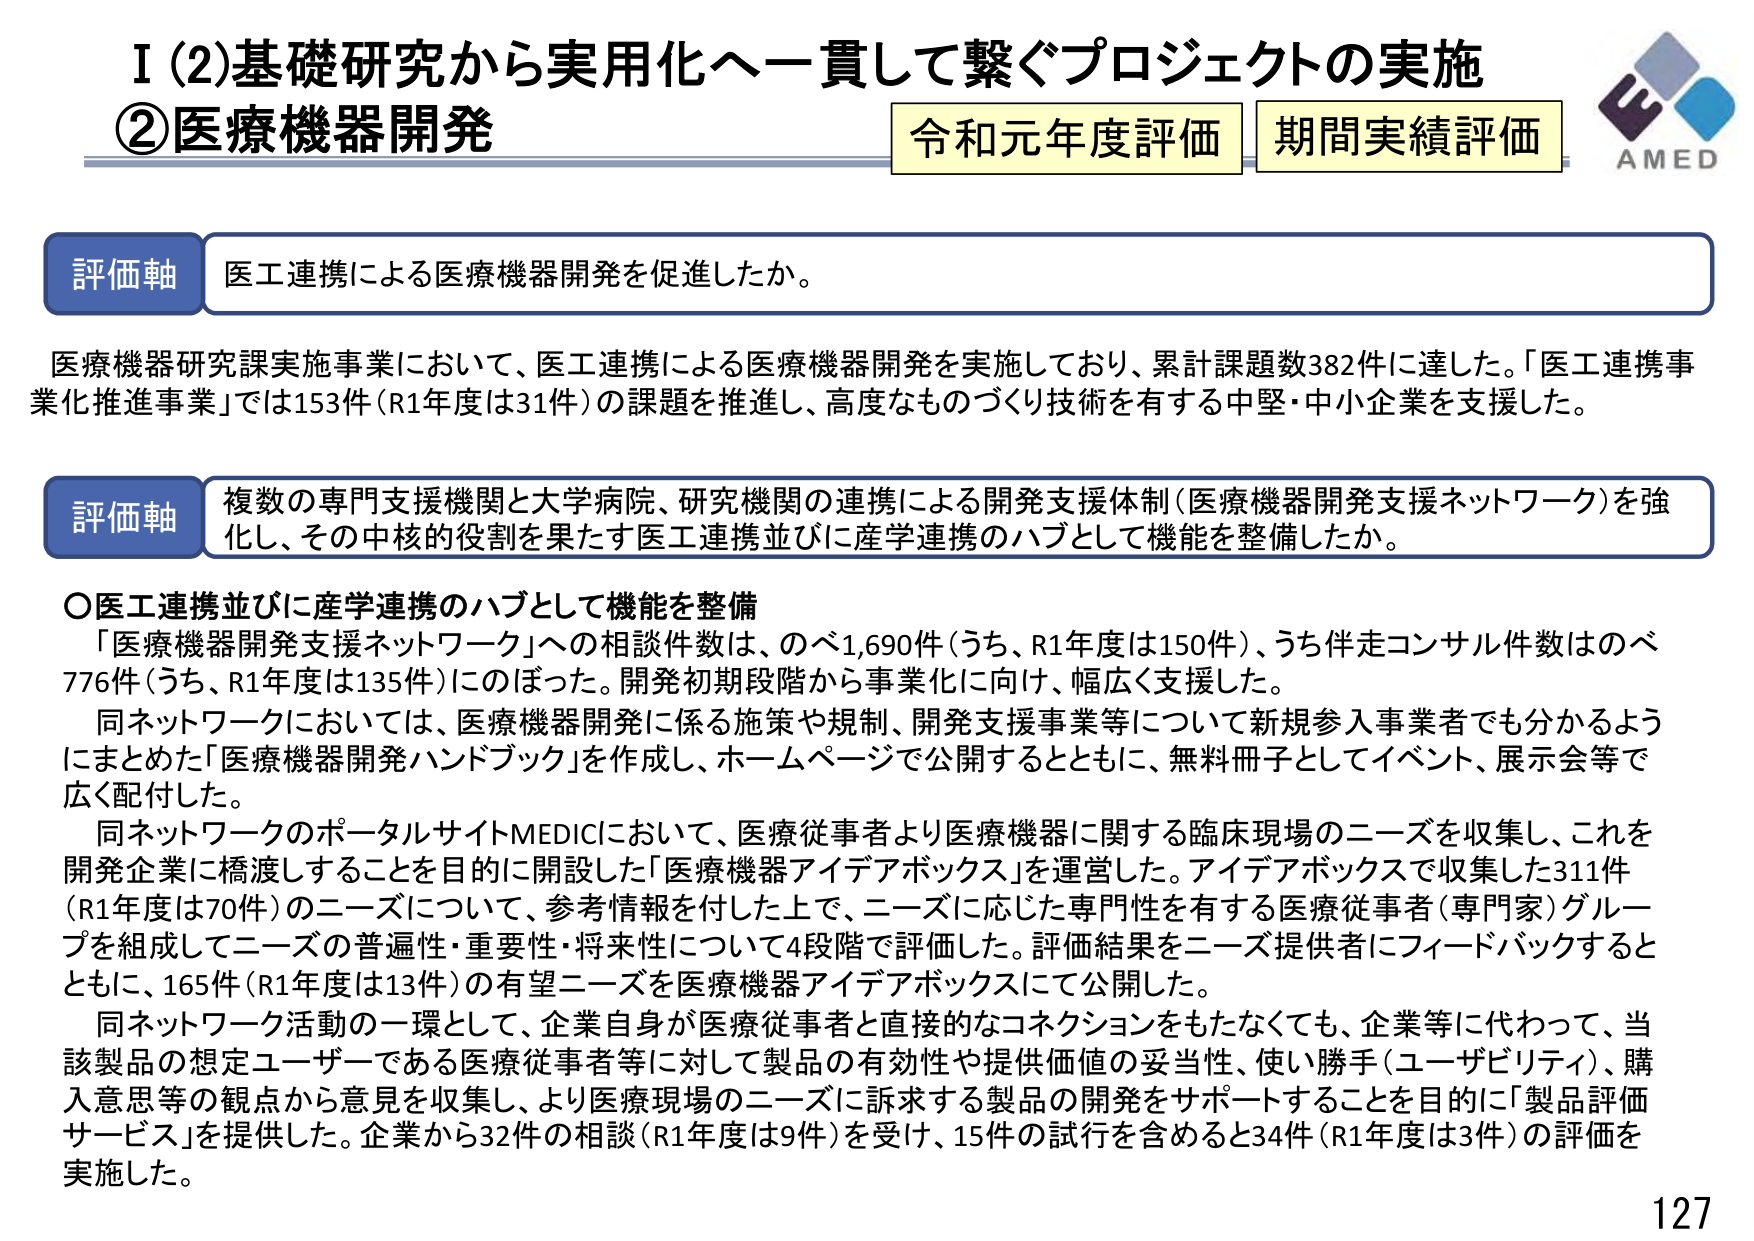
I (2) 基礎研究から実用化へ一貫して繋ぐプロジェクトの実施
② 医療機器開発
令和元年度評価 期間実績評価
AMED

評価軸 医工連携による医療機器開発を促進したか。

医療機器研究課実施事業において、医工連携による医療機器開発を実施しており、累計課題数382件に達した。「医工連携事業化推進事業」では153件（R1年度は31件）の課題を推進し、高度なものづくり技術を有する中堅・中小企業を支援した。

評価軸 複数の専門支援機関と大学病院、研究機関の連携による開発支援体制（医療機器開発支援ネットワーク）を強化し、その中核的役割を果たす医工連携並びに産学連携のハブとして機能を整備したか。

○ 医工連携並びに産学連携のハブとして機能を整備
「医療機器開発支援ネットワーク」への相談件数は、のべ1,690件（うち、R1年度は150件）、うち伴走コンサル件数はのべ776件（うち、R1年度は135件）にのぼった。開発初期段階から事業化に向け、幅広く支援した。
同ネットワークにおいては、医療機器開発に係る施策や規制、開発支援事業等について新規参入事業者でも分かるようにまとめた「医療機器開発ハンドブック」を作成し、ホームページで公開するとともに、無料冊子としてイベント、展示会等で広く配付した。
同ネットワークのポータルサイトMEDICにおいて、医療従事者より医療機器に関する臨床現場のニーズを収集し、これを開発企業に橋渡しすることを目的に開設した「医療機器アイデアボックス」を運営した。アイデアボックスで収集した311件（R1年度は70件）のニーズについて、参考情報を付した上で、ニーズに応じた専門性を有する医療従事者（専門家）グループを組成してニーズの普遍性・重要性・将来性について4段階で評価した。評価結果をニーズ提供者にフィードバックするとともに、165件（R1年度は13件）の有望ニーズを医療機器アイデアボックスにて公開した。
同ネットワーク活動の一環として、企業自身が医療従事者と直接的なコネクションをもたなくても、企業等に代わって、当該製品の想定ユーザーである医療従事者等に対して製品の有効性や提供価値の妥当性、使い勝手（ユーザビリティ）、購入意思等の観点から意見を収集し、より医療現場のニーズに訴求する製品の開発をサポートすることを目的に「製品評価サービス」を提供した。企業から32件の相談（R1年度は9件）を受け、15件の試行を含めると34件（R1年度は3件）の評価を実施した。

127